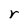
Character: r